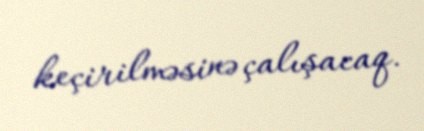
keçirilməsinə çalışacaq.